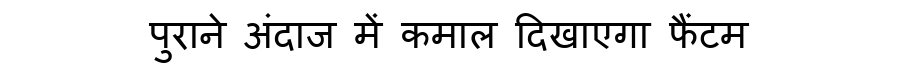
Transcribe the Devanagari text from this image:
पुराने अंदाज में कमाल दिखाएगा फैंटम